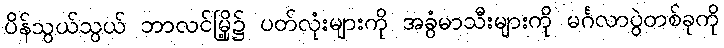
ပိန်သွယ်သွယ် ဘာလင်မြို့၌ ပတ်လုံးများကို အခွံမာသီးများကို မင်္ဂလာပွဲတစ်ခုကို